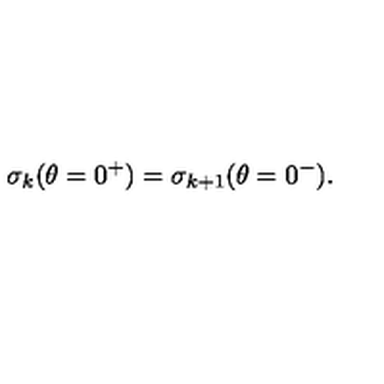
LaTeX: \sigma _ { k } ( \theta = 0 ^ { + } ) = \sigma _ { k + 1 } ( \theta = 0 ^ { - } ) .